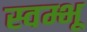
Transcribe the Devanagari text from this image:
स्वम्भू